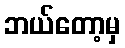
ဘယ်တော့မှ